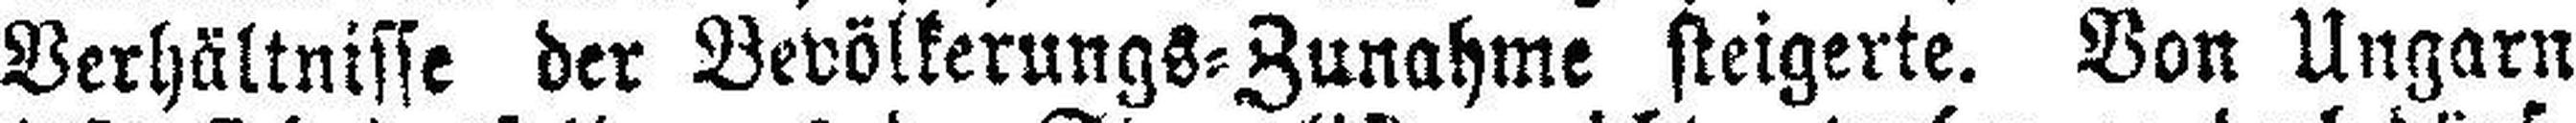
Verhältnisse der Bevölkerungs=Zunahme steigerte. Von Ungarn